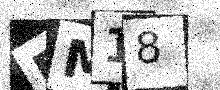
Text: EM18